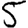
Digit: 5